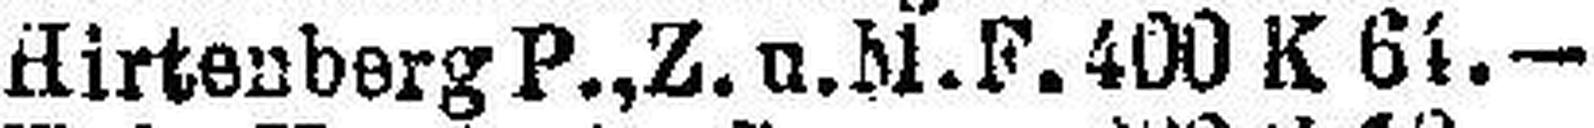
Hirtenburg P., Z. u. bl. F. 400 K 61.—